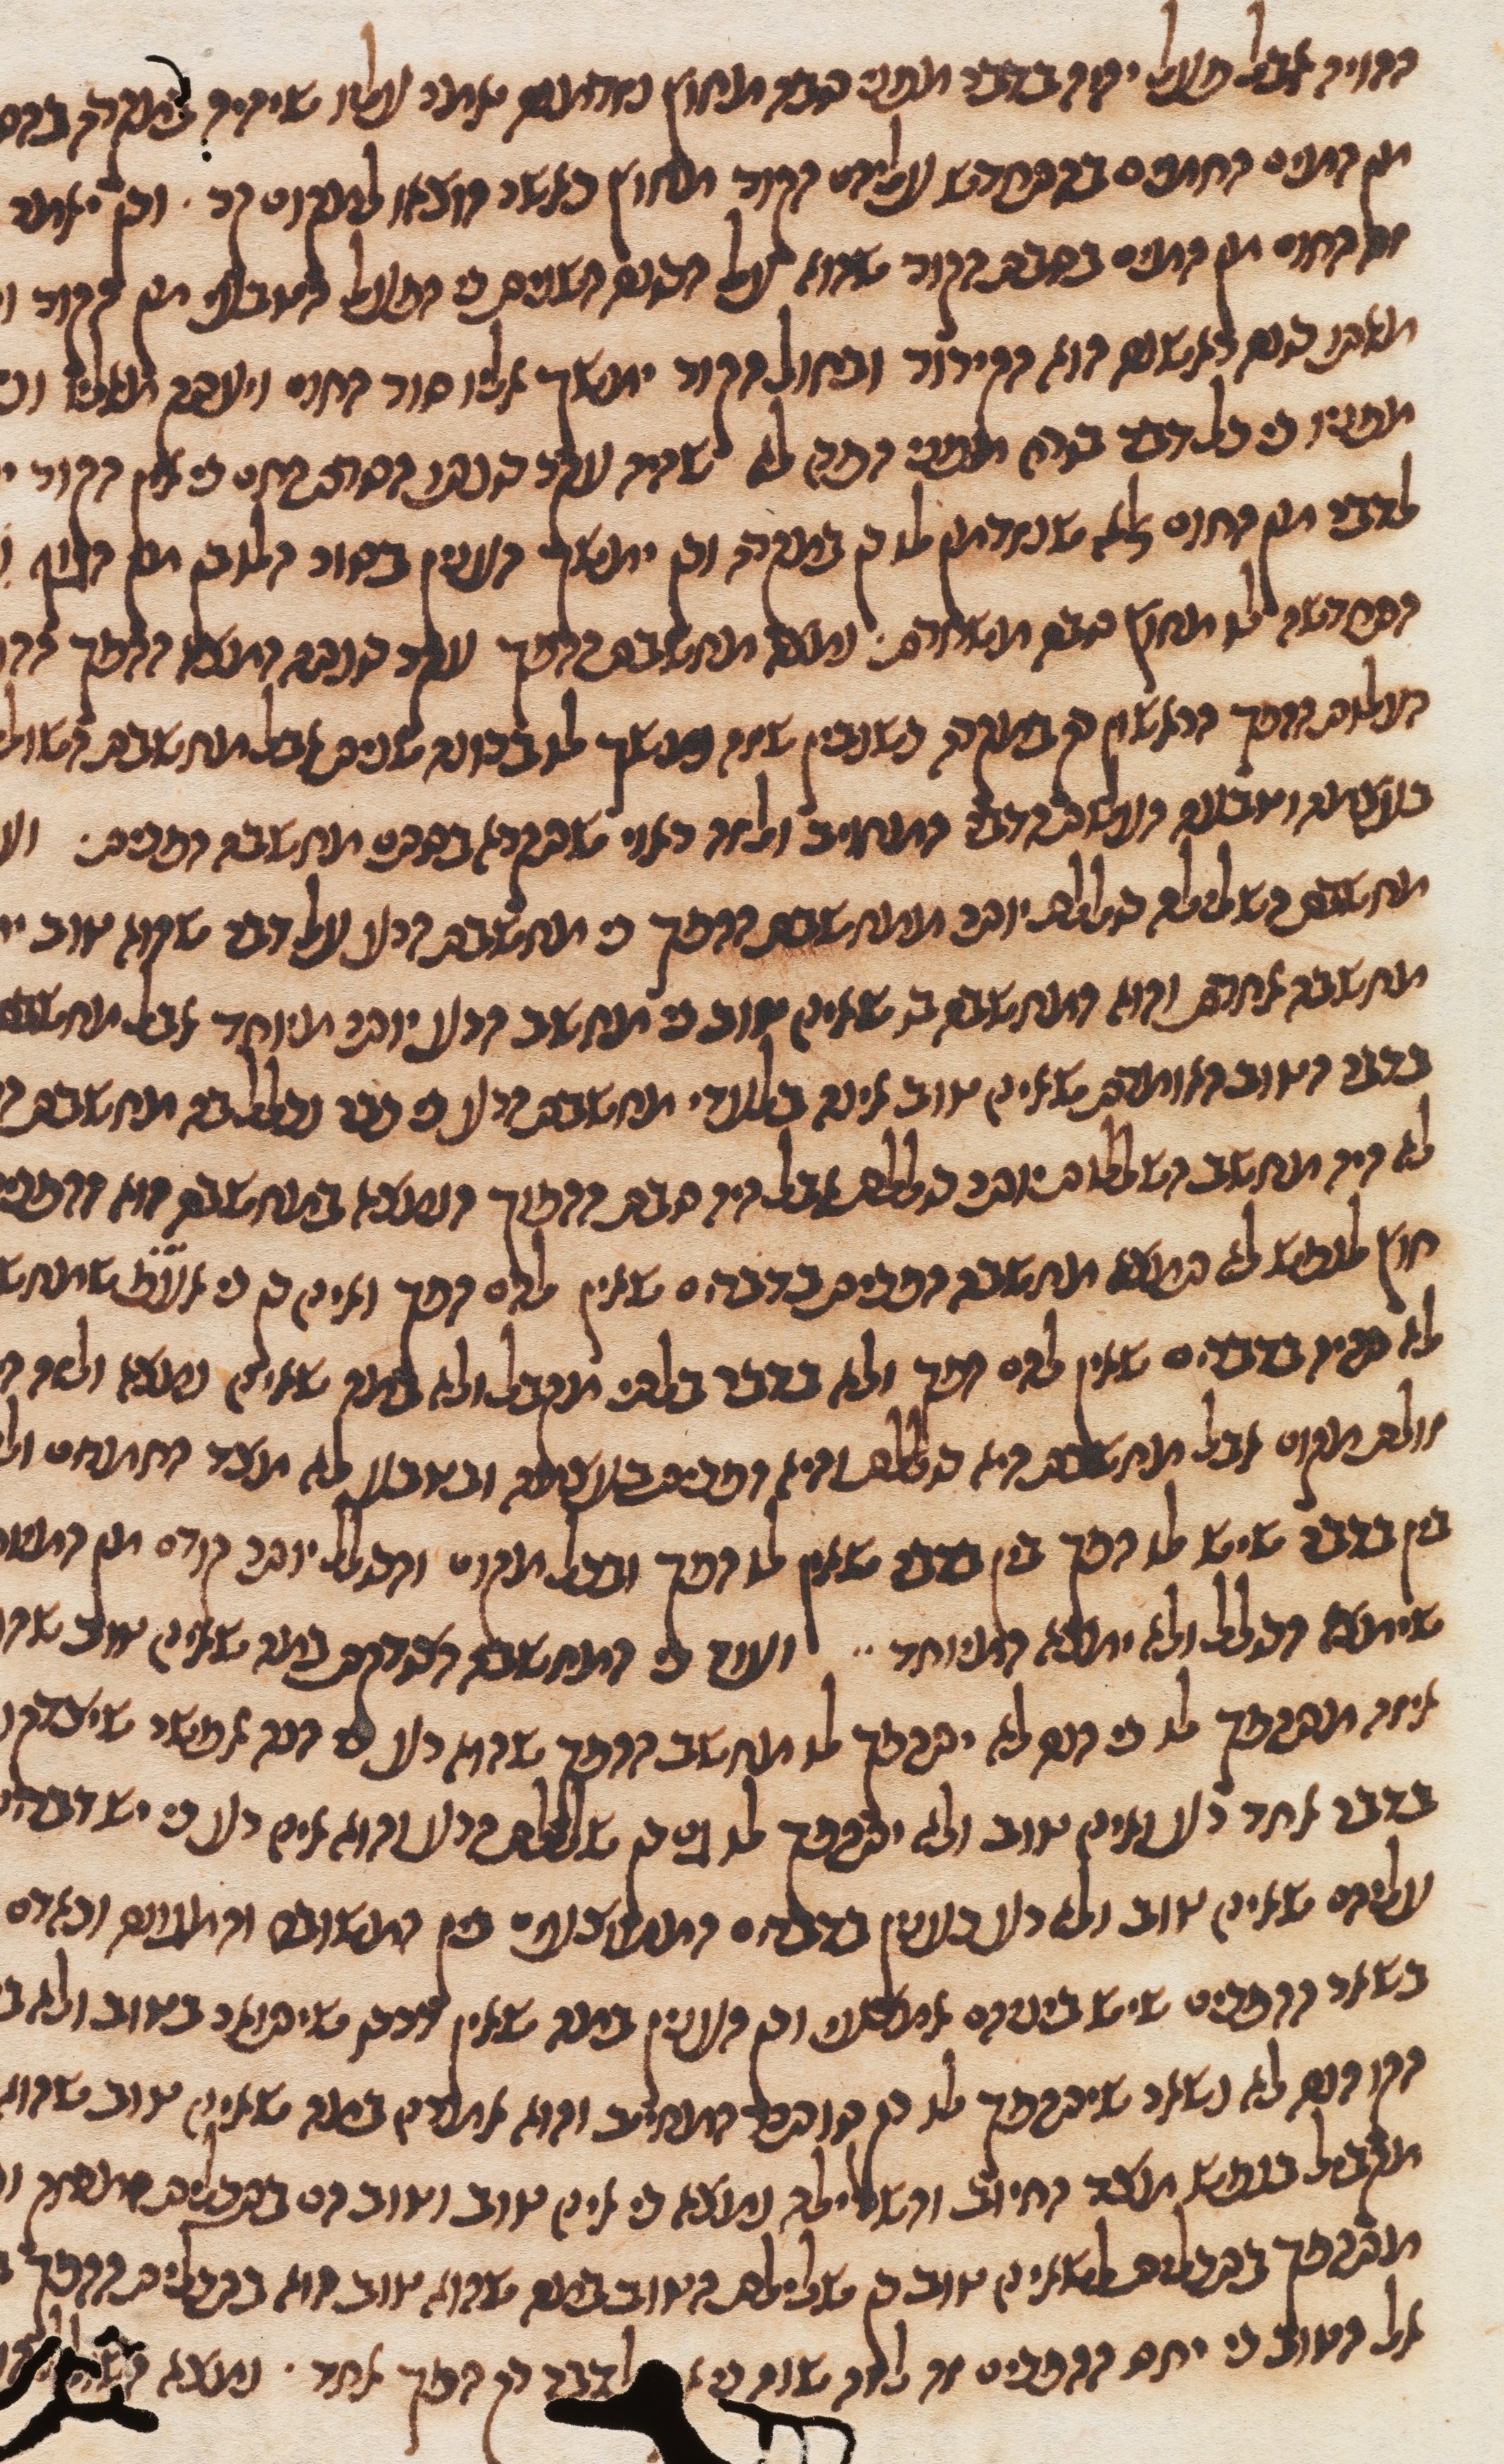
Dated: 1270–1330